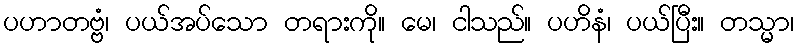
ပဟာတဗ္ဗံ၊ ပယ်အပ်သော တရားကို။ မေ၊ ငါသည်။ ပဟိနံ၊ ပယ်ပြီး။ တသ္မာ၊